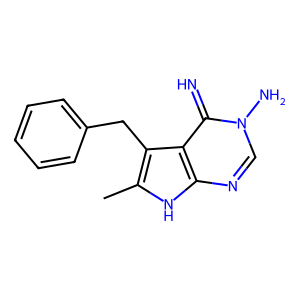
SMILES: Cc1[nH]c2ncn(N)c(=N)c2c1Cc1ccccc1
Inhibits HIV replication: No